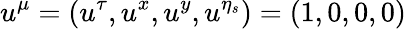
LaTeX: u^{\mu}=(u^{\tau},u^{x},u^{y},u^{\eta_{s}})=(1,0,0,0)